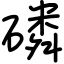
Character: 磷